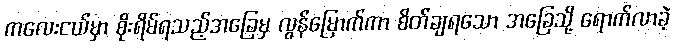
ကလေးငယ်မှာ စိုးရိမ်ရသည့်အခြေမှ လွန်မြောက်ကာ စိတ်ချရသော အခြေသို့ ရောက်လာခဲ့